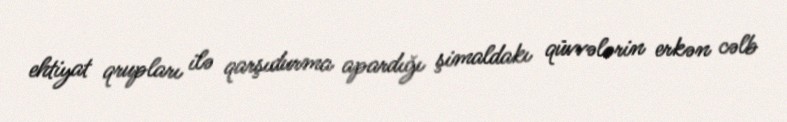
ehtiyat qrupları ilə qarşıdurma apardığı şimaldakı qüvvələrin erkən cəlb